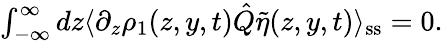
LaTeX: \begin{array}{r}{\int_{-\infty}^{\infty}dz\langle\partial_{z}\rho_{1}(z,y,t)\hat{Q}\tilde{\eta}(z,y,t)\rangle_{\mathrm{ss}}=0.}\end{array}